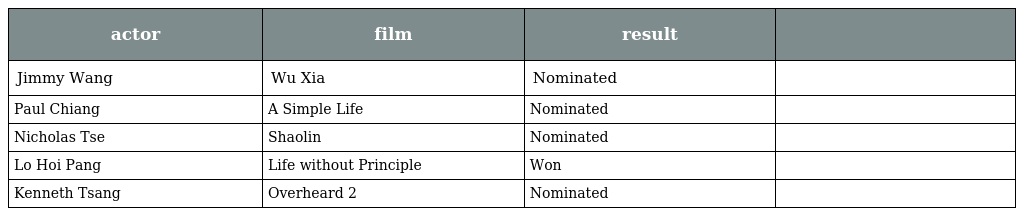
| actor | film | result |  |
 | --- | --- | --- | --- |
 | Jimmy Wang | Wu Xia | Nominated |  |
 | Paul Chiang | A Simple Life | Nominated |  |
 | Nicholas Tse | Shaolin | Nominated |  |
 | Lo Hoi Pang | Life without Principle | Won |  |
 | Kenneth Tsang | Overheard 2 | Nominated |  |